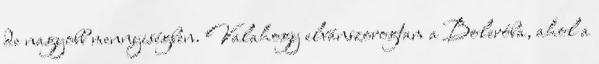
de nagyobb mennyiségben. Valahogy elvánszorogtam a Boleróba, ahol a